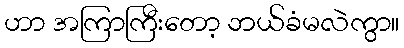
ဟာ အကြာကြီးတော့ ဘယ်ခံမလဲကွာ။